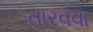
તારવવા